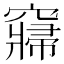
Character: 𱷕